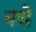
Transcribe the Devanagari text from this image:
बधै